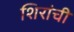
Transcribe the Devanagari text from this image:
शिरांची